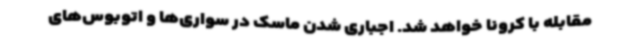
مقابله با کرونا خواهد شد. اجباری شدن ماسک در سواری‌ها و اتوبوس‌های